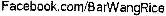
FACEBOOK.COM/BARWANGRICE